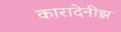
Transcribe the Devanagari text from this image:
कारादेनीझ़